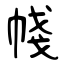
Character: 帴